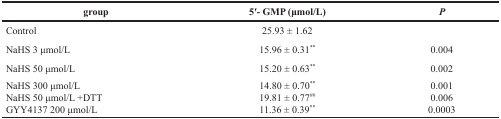
<table><thead><tr><td><b>group</b></td><td><b>5′- GMP (μmol/L)</b></td><td><b><i>P</i></b></td></tr></thead><tbody><tr><td>Control</td><td>25.93 ± 1.62</td><td></td></tr><tr><td>NaHS 3 μmol/L</td><td>15.96 ± 0.31<sup>*</sup></td><td>0.004</td></tr><tr><td>NaHS 50 μmol/L</td><td>15.20 ± 0.63<sup>*</sup></td><td>0.002</td></tr><tr><td>NaHS 300 μmol/L</td><td>14.80 ± 0.70<sup>*</sup></td><td>0.001</td></tr><tr><td>NaHS 50 μmol/L +DTT</td><td>19.81 ± 0.77<sup>##</sup></td><td>0.006</td></tr><tr><td>GYY4137 200 μmol/L</td><td>11.36 ± 0.39<sup>*</sup></td><td>0.0003</td></tr></tbody></table>